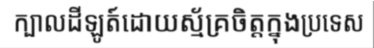
ក្បាលដីឡូត៍ដោយស្ម័គ្រចិត្តក្នុងប្រទេស